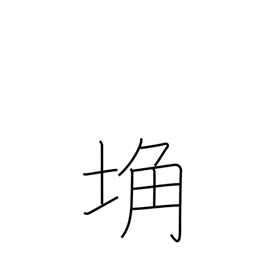
Meaning: barren land